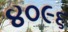
૪૦૯૬